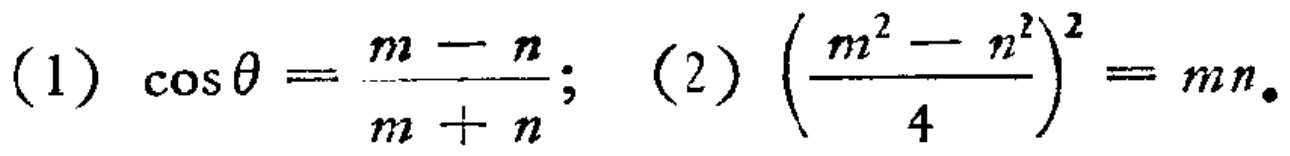
(1) \(\cos\theta=\frac{m - n}{m + n}\); (2) \((\frac{m^{2}-n^{2}}{4})^{2}=mn\)